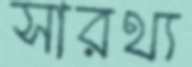
সারথ্য